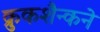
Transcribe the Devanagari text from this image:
क्रुकशैन्कने